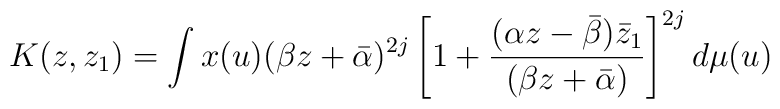
K(z,z_{1})= \int x(u) (\beta z+ \bar{\alpha})^{2j} \left[ 1+ \frac{(\alpha z-\bar{\beta})\bar{z}_{1}}{(\beta     z+\bar{\alpha})} \right]^{2j} d\mu(u)